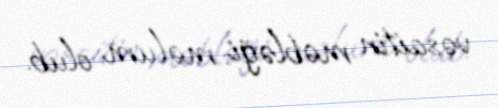
vəsaitin məbləği məlum olub.